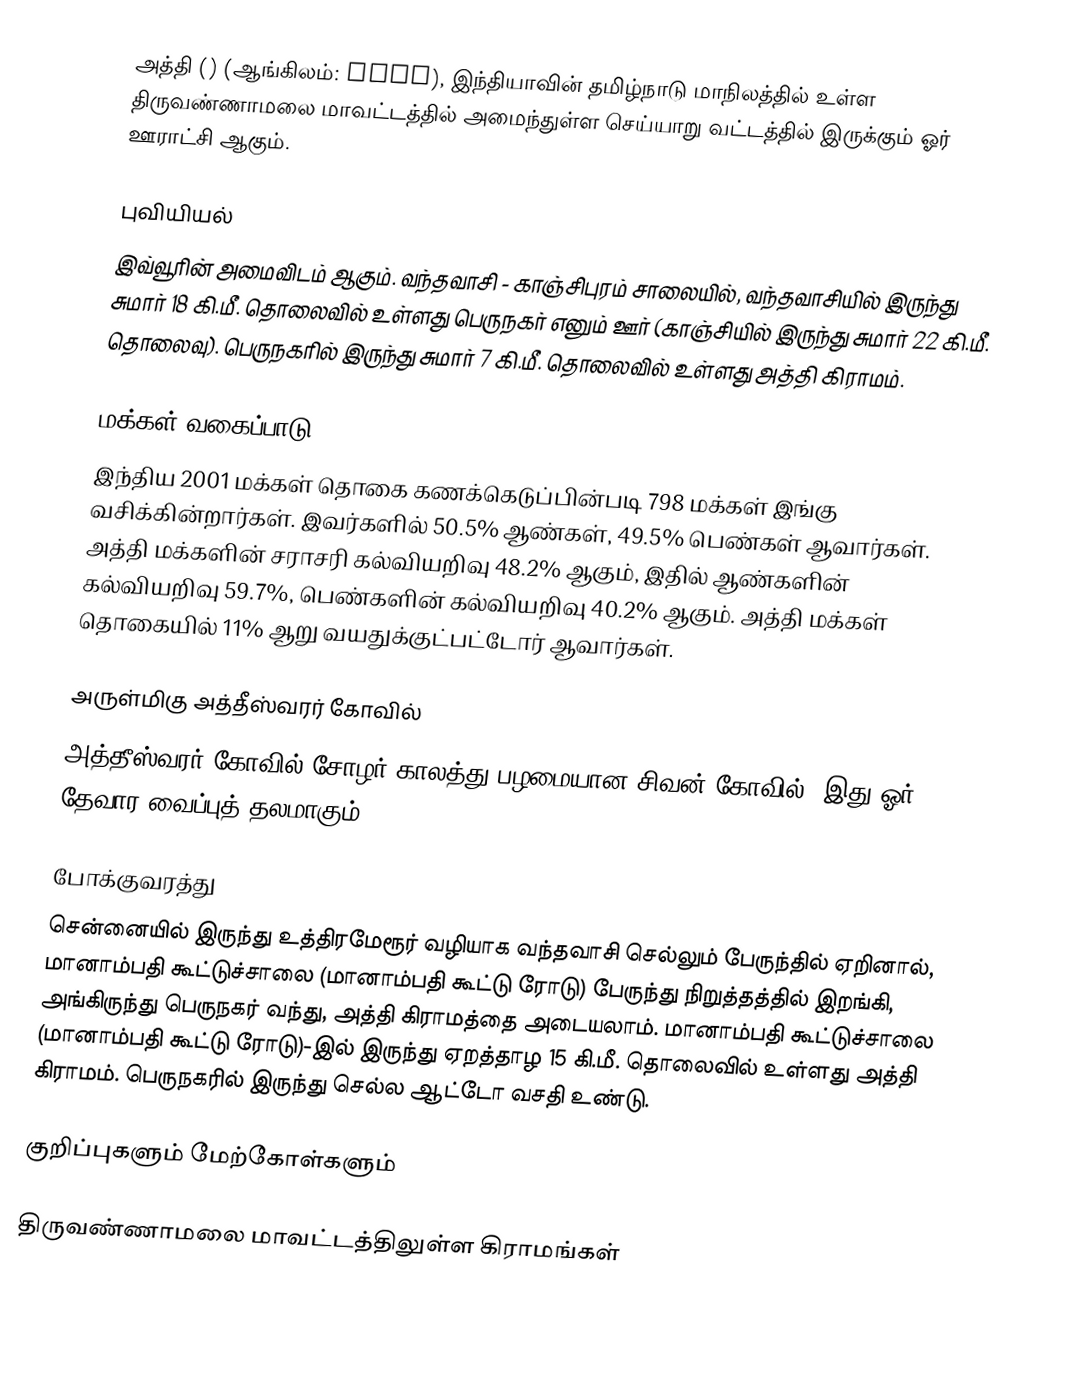
அத்தி () (ஆங்கிலம்: Athi), இந்தியாவின் தமிழ்நாடு மாநிலத்தில் உள்ள திருவண்ணாமலை  மாவட்டத்தில் அமைந்துள்ள செய்யாறு  வட்டத்தில் இருக்கும் ஓர் ஊராட்சி ஆகும்.

புவியியல்
இவ்வூரின் அமைவிடம்  ஆகும். வந்தவாசி - காஞ்சிபுரம் சாலையில், வந்தவாசியில் இருந்து சுமார் 18 கி.மீ. தொலைவில் உள்ளது பெருநகர் எனும் ஊர் (காஞ்சியில் இருந்து சுமார் 22 கி.மீ. தொலைவு). பெருநகரில் இருந்து சுமார் 7 கி.மீ. தொலைவில் உள்ளது அத்தி கிராமம்.

மக்கள் வகைப்பாடு
இந்திய 2001 மக்கள் தொகை கணக்கெடுப்பின்படி 798	மக்கள் இங்கு வசிக்கின்றார்கள். இவர்களில் 50.5% ஆண்கள், 49.5% பெண்கள் ஆவார்கள். அத்தி மக்களின் சராசரி கல்வியறிவு 48.2% ஆகும், இதில் ஆண்களின் கல்வியறிவு 59.7%, பெண்களின் கல்வியறிவு 40.2% ஆகும். அத்தி மக்கள் தொகையில் 11% ஆறு வயதுக்குட்பட்டோர் ஆவார்கள்.

அருள்மிகு அத்தீஸ்வரர் கோவில்
அத்தீஸ்வரர் கோவில் சோழர் காலத்து பழமையான சிவன் கோவில். இது ஓர் தேவார வைப்புத் தலமாகும்.

போக்குவரத்து
சென்னையில் இருந்து உத்திரமேரூர் வழியாக வந்தவாசி செல்லும் பேருந்தில் ஏறினால், மானாம்பதி கூட்டுச்சாலை (மானாம்பதி கூட்டு ரோடு) பேருந்து நிறுத்தத்தில் இறங்கி, அங்கிருந்து பெருநகர் வந்து, அத்தி கிராமத்தை அடையலாம். மானாம்பதி கூட்டுச்சாலை (மானாம்பதி கூட்டு ரோடு)-இல் இருந்து ஏறத்தாழ 15 கி.மீ. தொலைவில் உள்ளது அத்தி கிராமம். பெருநகரில் இருந்து செல்ல ஆட்டோ வசதி உண்டு.

குறிப்புகளும் மேற்கோள்களும்

திருவண்ணாமலை மாவட்டத்திலுள்ள கிராமங்கள்